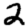
Digit: 2